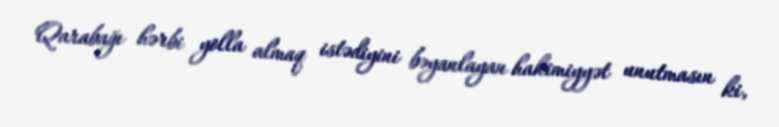
Qarabağı hərbi yolla almaq istədiyini bəyanlayan hakimiyyət unutmasın ki,